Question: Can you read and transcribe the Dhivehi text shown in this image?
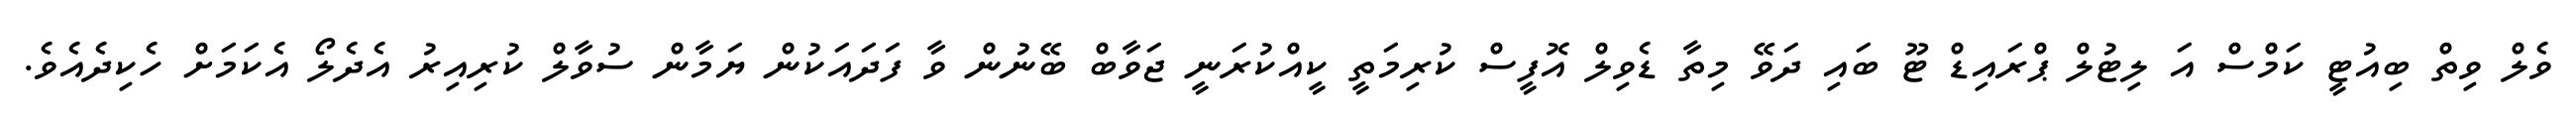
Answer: ވެލް ވިތް ބިއުޓީ ކަމްސް އަ ލިޓުލް ޕްރައިޑް ޓޫ ބައި ދަވޭ މިތާ ޑެވިލް އޮފީސް ކުރިމަތީ ކީއްކުރަނީ ޖަވާބް ބޭނުން ވާ ފަދައަކުން ޔަމާން ސުވާލް ކުރިއިރު އެދެލޯ އެކަމަށް ހެކިދެއެވެ.